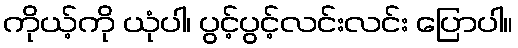
ကိုယ့်ကို ယုံပါ၊ ပွင့်ပွင့်လင်းလင်း ပြောပါ။